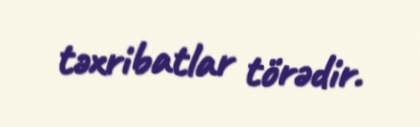
təxribatlar törədir.